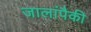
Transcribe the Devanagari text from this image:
जालांपैकी